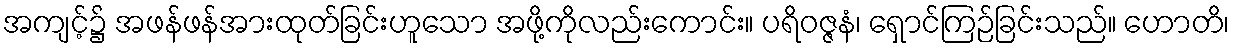
အကျင့်၌ အဖန်ဖန်အားထုတ်ခြင်းဟူသော အဖို့ကိုလည်းကောင်း။ ပရိဝဇ္ဇနံ၊ ရှောင်ကြဉ်ခြင်းသည်။ ဟောတိ၊